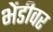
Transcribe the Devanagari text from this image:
भेंडीवर